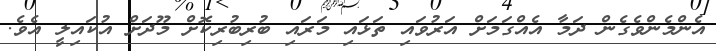
އެންމެންވެގެން ދަމާ އެއްގަމަށް އަރުވައި ތަޅައި މަރައި ބުރިބުރިކޮށް މޫދަށް އުކައިލީ އެވެ.